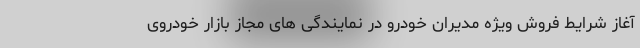
آغاز شرایط فروش ویژه مدیران خودرو در نمایندگی های مجاز بازار خودروی